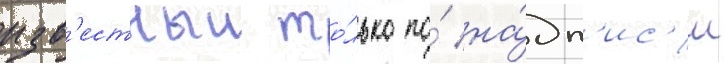
изв'естныи то́лько по́ на́дп'ис'и